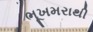
ભૂખમરાથી